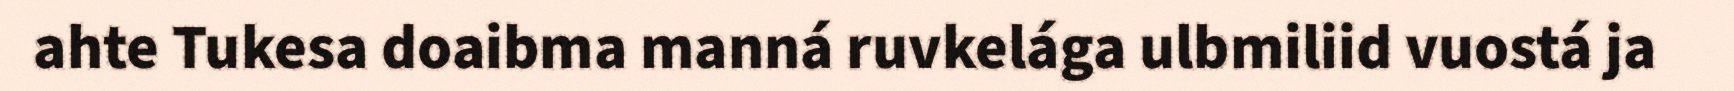
ahte Tukesa doaibma manná ruvkelága ulbmiliid vuostá ja